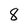
Character: 8